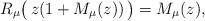
LaTeX: \begin{align*} R_{\mu} \bigl( \, z( 1 + M_{\mu} (z)) \, \bigr) = M_{\mu} (z),\end{align*}